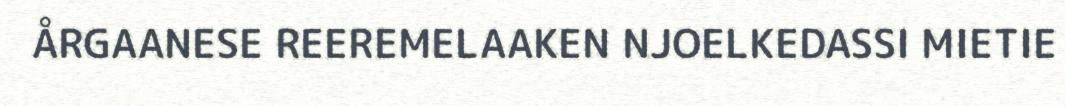
ÅRGAANESE REEREMELAAKEN NJOELKEDASSI MIETIE